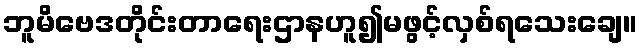
ဘူမိဗေဒတိုင်းတာရေးဌာနဟူ၍မဖွင့်လှစ်ရသေးချေ။